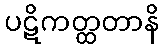
ပဋိကတ္ထတာနိ